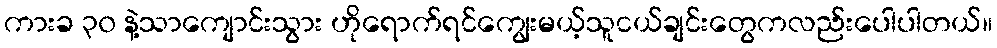
ကားခ ၃၀ နဲ့သာကျောင်းသွား ဟိုရောက်ရင်ကျွေးမယ့်သူငယ်ချင်းတွေကလည်းပေါပါတယ်။